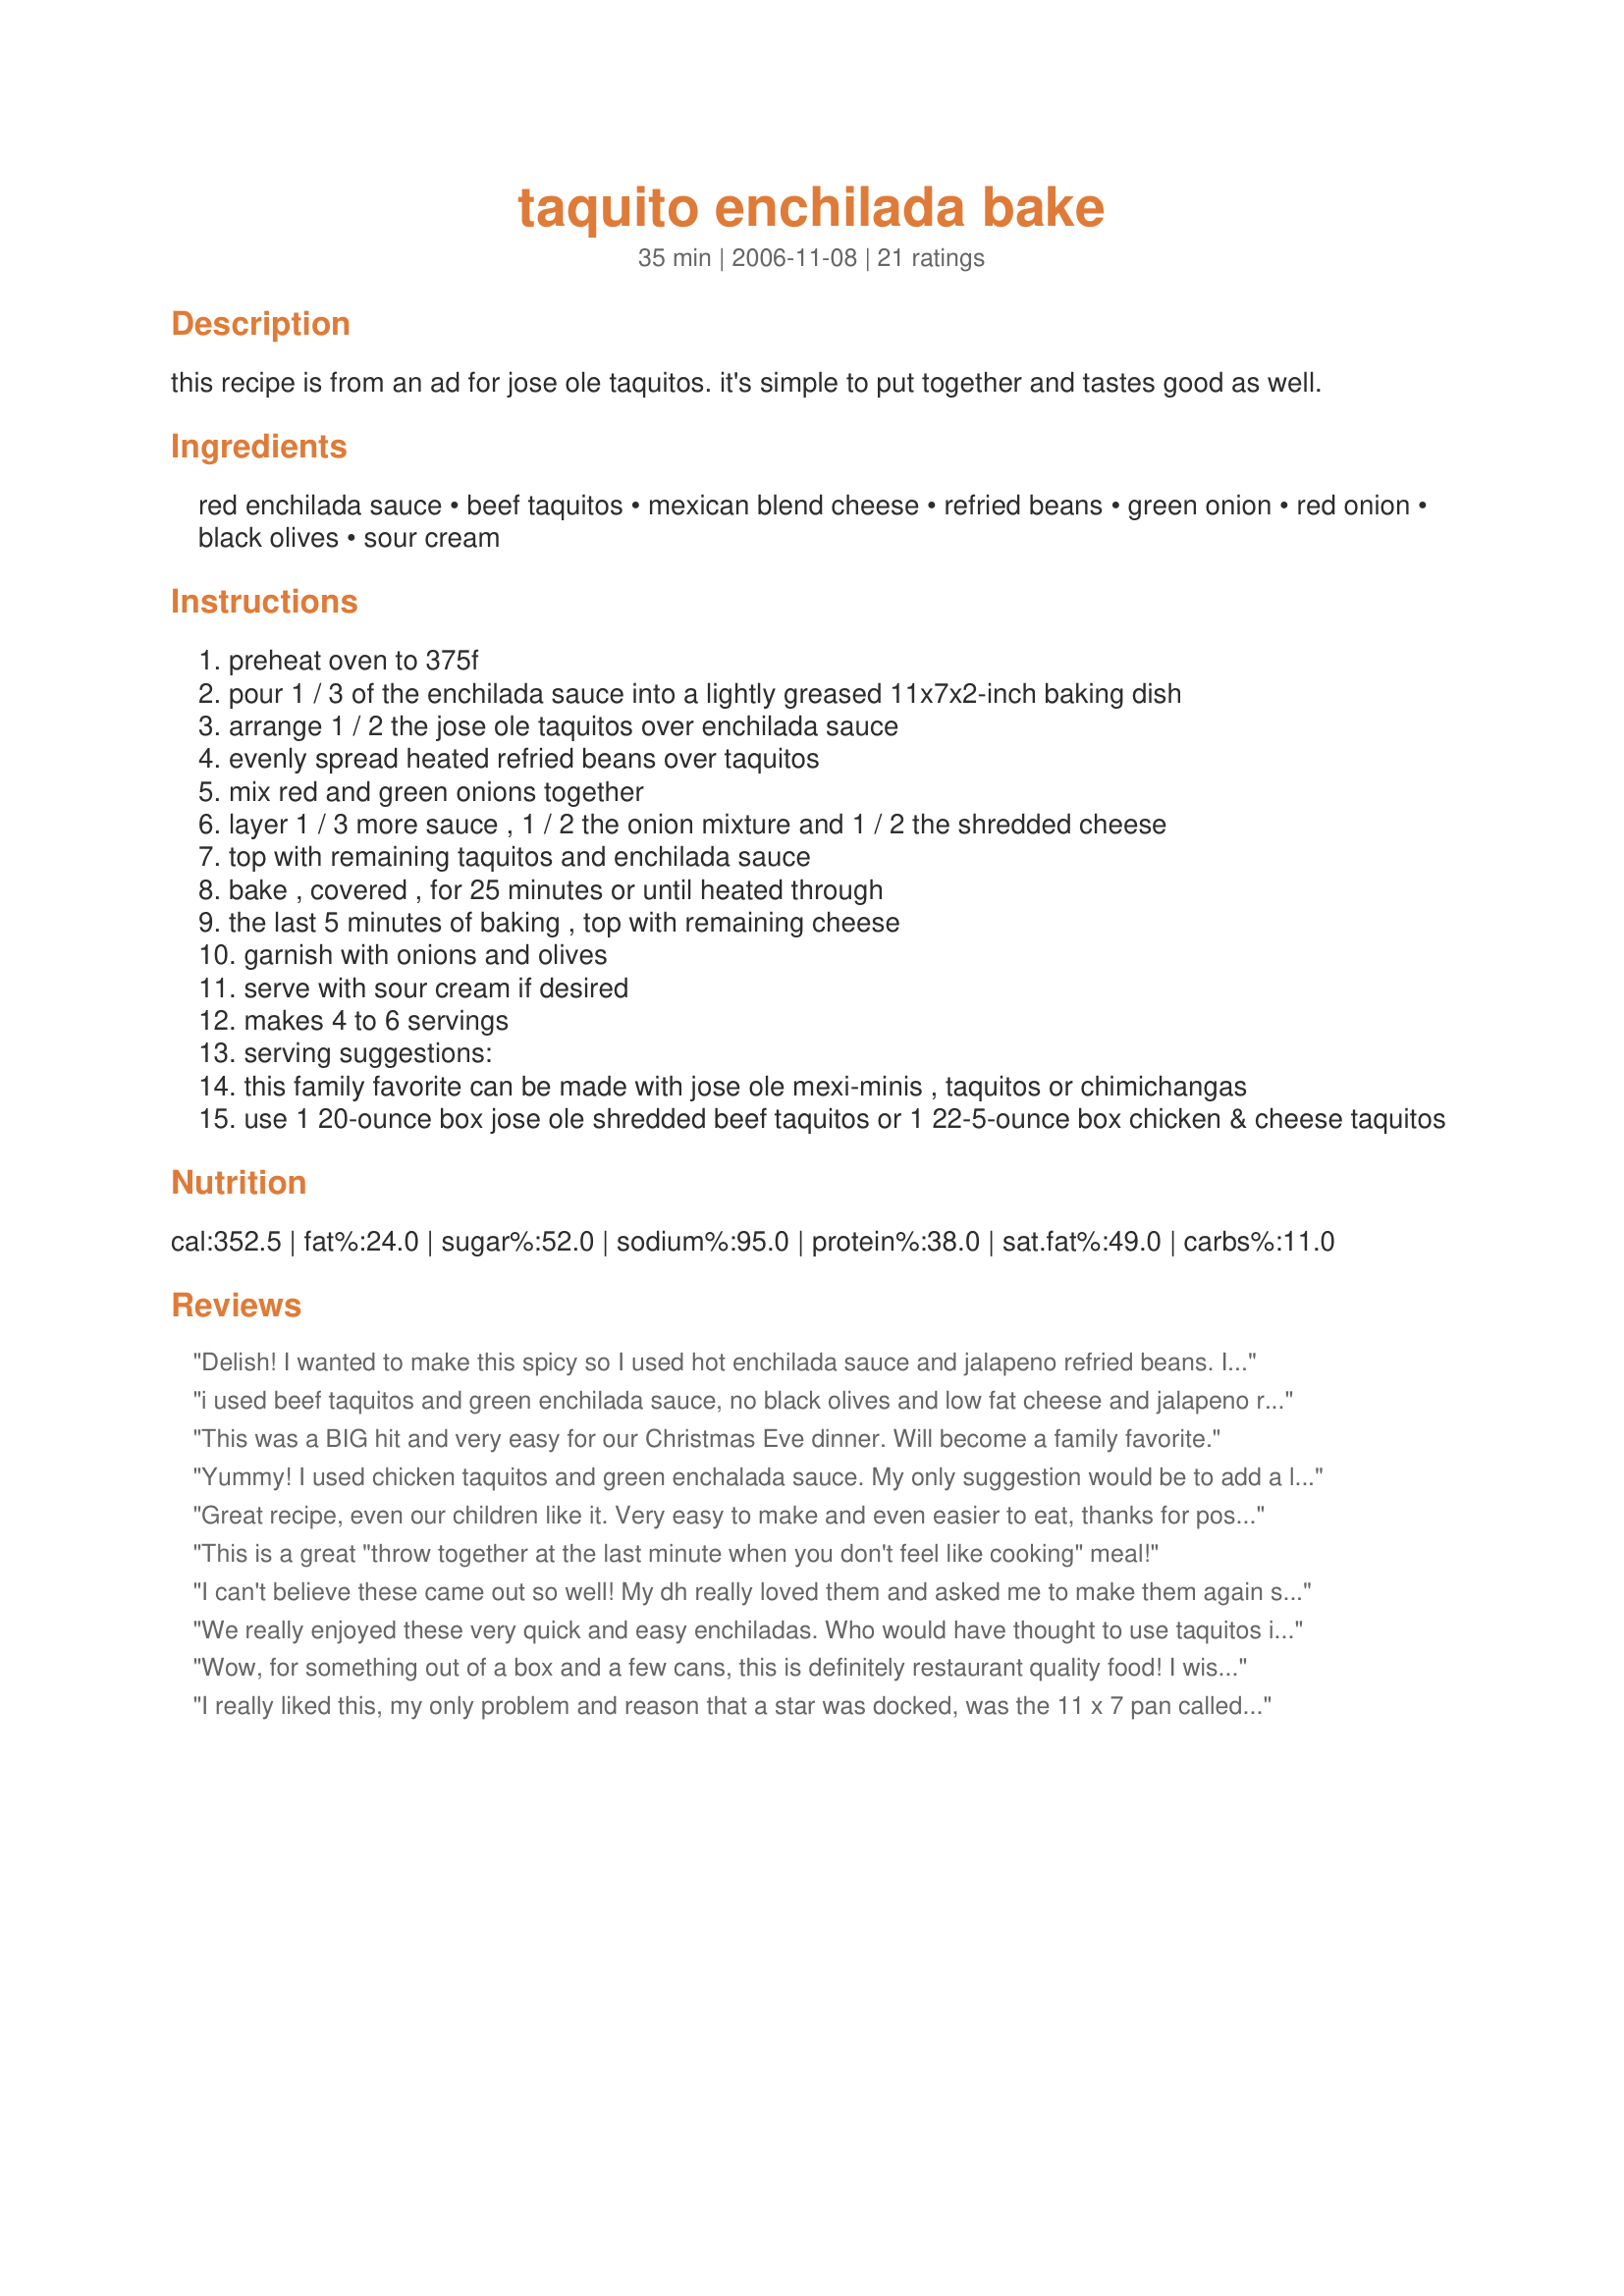
taquito enchilada bake
Preparation time: 35 minutes

this recipe is from an ad for jose ole taquitos. it's simple to put together and tastes good as well.

Ingredients:
red enchilada sauce, beef taquitos, mexican blend cheese, refried beans, green onion, red onion, black olives, sour cream

Steps:
preheat oven to 375f
pour 1 / 3 of the enchilada sauce into a lightly greased 11x7x2-inch baking dish
arrange 1 / 2 the jose ole taquitos over enchilada sauce
evenly spread heated refried beans over taquitos
mix red and green onions together
layer 1 / 3 more sauce , 1 / 2 the onion mixture and 1 / 2 the shredded cheese
top with remaining taquitos and enchilada sauce
bake , covered , for 25 minutes or until heated through
the last 5 minutes of baking , top with remaining cheese
garnish with onions and olives
serve with sour cream if desired
makes 4 to 6 servings
serving suggestions:
this family favorite can be made with jose ole mexi-minis , taquitos or chimichangas
use 1 20-ounce box jose ole shredded beef taquitos or 1 22-5-ounce box chicken & cheese taquitos

Reviews:
Delish! I wanted to make this spicy so I used hot enchilada sauce and jalapeno refried beans. I forgot to buy the onions so I doctored up the beans with onion powder and granulated garlic. Added the olives under the cheese and baked, uncovered, for the 25 minutes. Served with pico de gallo, sour cream and avocado chunks. Fantastic! Thanks for sharing, lazyme!
i used beef taquitos and green enchilada sauce, no black olives and low fat cheese and jalapeno refried beans. easy and tasted like you slaved over this all day. excellent
This was a BIG hit and very easy for our Christmas Eve dinner. Will become a family favorite.
Yummy! I used chicken taquitos and green enchalada sauce. My only suggestion would be to add a little more sauce. I topped mine with sour cream, lettuce and tomatoes. I loved it!
Great recipe, even our children like it. Very easy to make and even easier to eat, thanks for posting it
This is a great "throw together at the last minute when you don't feel like cooking" meal!
I can't believe these came out so well! My dh really loved them and asked me to make them again sometime. Who knew it could be so easy to make shredded beef enchiladas. What an easy and wonderful recipe, thank you so much.
We really enjoyed these very quick and easy enchiladas. Who would have thought to use taquitos in place of the time consuming step of filling and rolling traditional enchiladas? Brilliant!! We evidently don't have Jose Ole brand taquitos where I live, so I had to use what I could find. I made the recipe as written using chicken taquitos (they didn't have the cheese in them), and "zesty salsa" flavored refried beans. Next time I make these, I think I will try using green enchilada sauce as the red sauce seemed to overpower the light flavor of the chicken. I think the red sauce would be better suited to the stronger flavored beef taquitos. These reheat well, tasting even better the next day. Thank you for posting this wonderful, time saving recipe...it is definitely a keeper!<br/>*Made for 2010 Football Pool*
Wow, for something out of a box and a few cans, this is definitely restaurant quality food! I wish I had the olives for the topping, and next time I would use just green onions only. It's wonderful topped with sour cream, and Buddha would like some guacamole next time too. (There will be a next time). This really does make 6 servings. Oh, I and I added everything prior to baking, (no 5 min b4, etc.). Worked great! Thanks for posting a keeper recipe! :)
I really liked this, my only problem and reason that a star was docked, was the 11 x 7 pan called for was much too small. I ended up using a 9 x 13 inch baking dish that was probably a little large but at least it held all the ingredients. The 7 x 11 inch would not hold more than half the ingredients and was kind of messy transfering the first layer into the other dish. It was wonderful and my company sure enjoyed it. Thanks for sharing :)
great idea! i used the chicken and cheese flour taquitos, black beans instead of refried, jazzed up the enchy sauce with garlic powder and cayenne, added diced serrano peppers and garlic to the onion mixture, and omitted the olives. very fast, easy and tasty recipe. it went over well with dh. he really loved it! served with spanish rice. thanks, lazyme!!
This really didn't do it for me.. fairly generic in my estimation.. even tho I dressed up the enchilada sauce etc.. I initially thought of pan frying the taquitas before assembling the casserole.. Maybe that would have worked better for me.
So easy to make it earns 5 stars. I'd sprinkle some olives into the middle with the sprinkle of onions....love olives. I have to agree with other posters....this is at least a 6 serving recipe, not 4. So plan accordingly if you have smaller appetites or smaller households. Very good for a recipe made with easy ingredients!
Fabulous 5 star recipe - super easy to put together - 5 minutes tops - I did bake for 40 minutes. Was well received at a potluck. Thanks for the recipe.
I was very intrigued when I saw the ingredients in this recipe, and I wasn't disappointed. We really enjoyed it (although the leftovers were even better). You can't ask for an easier recipe!
This is very good-and easy! I used deli-mex beef taquitos because they are gluten free. I did not add the olives or sour cream.
We enjoyed this and it was easy! The only I have to add is that you really need to increase the baking time if you're using mostly frozen taquitos. Mine did not warm all the way through in 25 minutes even being partially thawed. This is definitely going to be made again! They taste much more gourmet than they actually are. Love recipes like that.
This made a terrific enchilada-type casserole, and it went over great at dinner tonight. I used a red chili sauce rather than the enchilada sauce because it's less spicy and neither onions nor olives were used due to my having to cater to children's palates. Sour cream and pico de gallo were served as accompaniments. I also used home-made beans rather than canned with great results. This made for a super easy and tasty meal. Thanks lazyme for an awesome contribution.
This was very good. I made my own enchilada sauce and also put a layer of sour cream. So quick and easy. Thanks for posting this recipe.
Loved it - simple and easy to assemble. Great weeknight meal!
1st review 11/21/06. You have another winner here!! This is so good and easy to prepare. If you are a Mexican food lover you must try this dish. I used 2 (10 oz) cans of enchilada sauce, 1 mild and 1 hot. Followed the recipe to a T. Omitted the black olives, I don't care for them but did top it off with chopped cilantro and a few slices of pickled jalapenos. This also makes a great leftover dish. Took it to work with me today and everyone was asking what is that great smell. Thanks so much for posting lazyme. Update 3/4/07. DH wanted me to make this dish again with the olives (yuk), so to keep him happy that is what I did. I have to admit that it does add more color to the dish and it didn't taste bad at all. I have made this 2 times now and both times I feel that it serves at least 8 and not 4. We always have lots of leftovers for lunch. Thanks, again lazyme.
